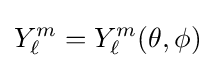
Y_{\ell }^{m}=Y_{\ell }^{m}(\theta ,\phi )